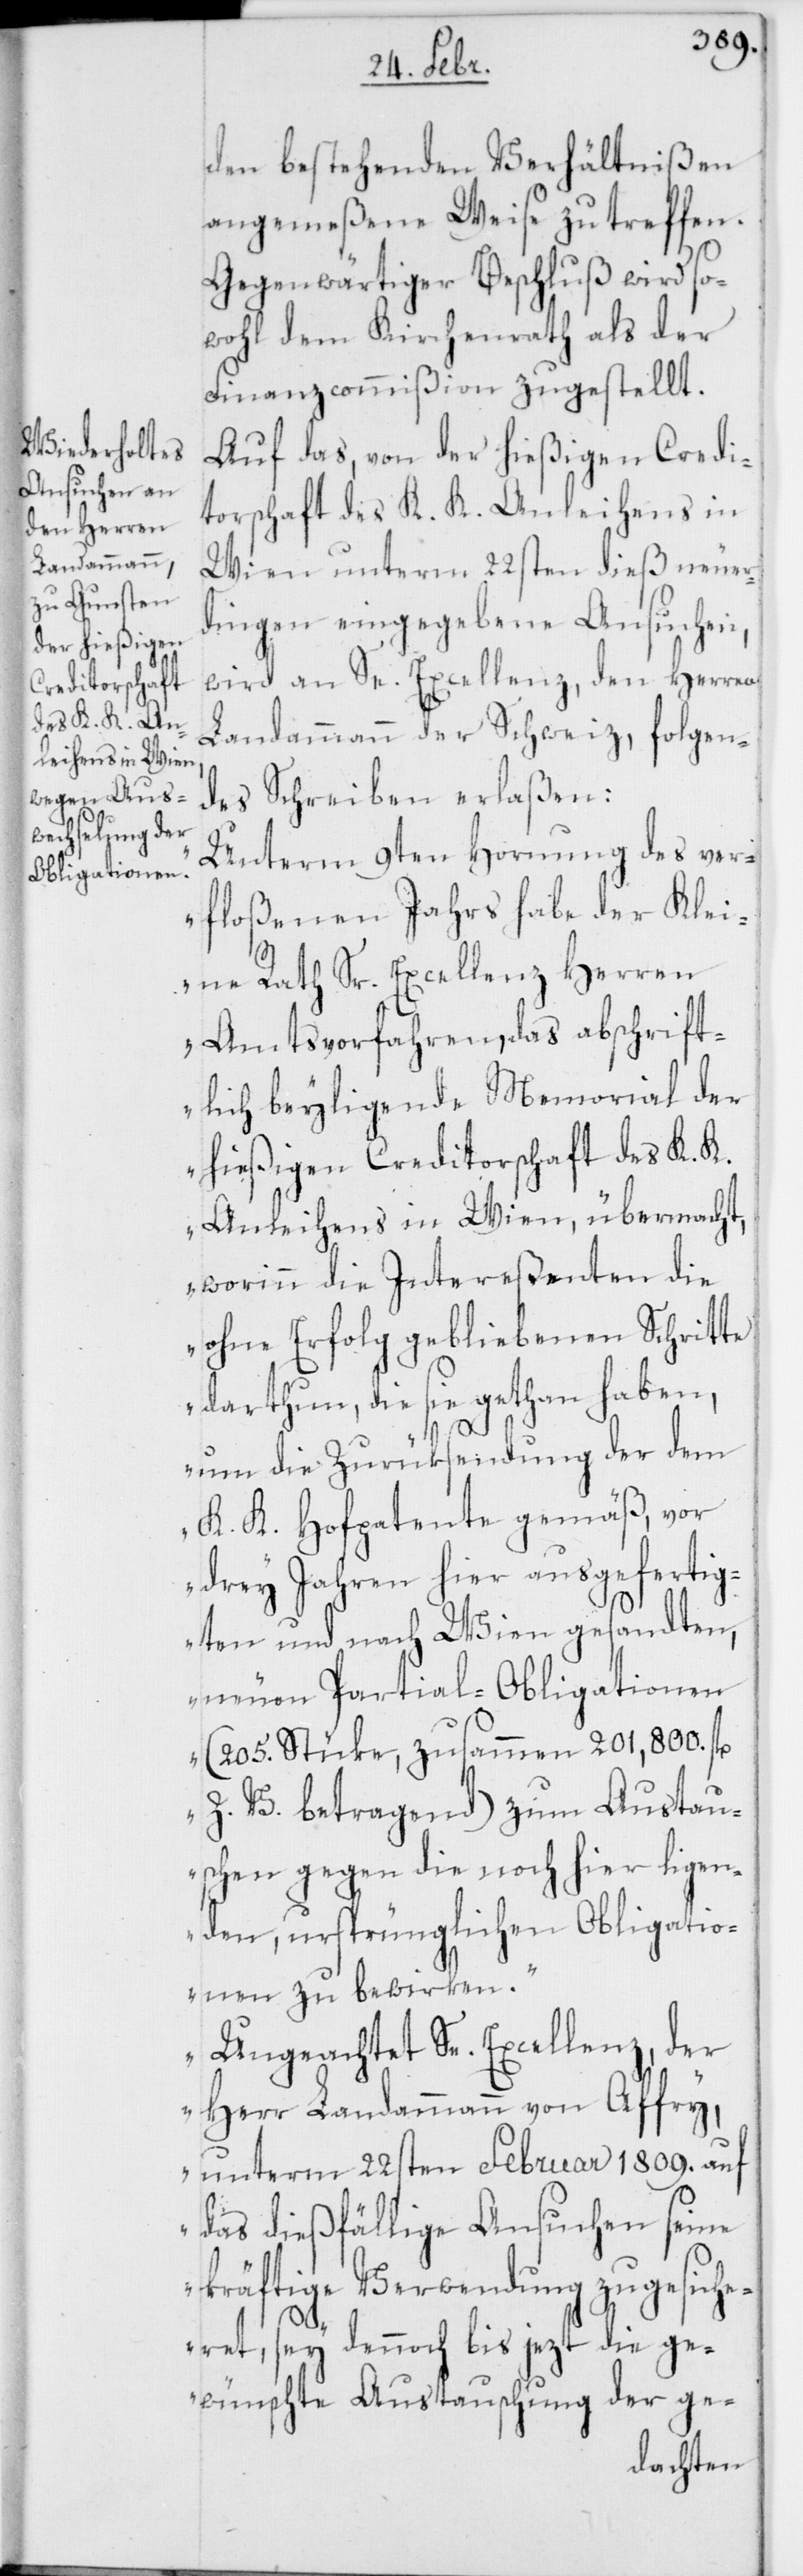
den bestehenden Verhältnißen
angemeßene Weise zu treffen.
Gegenwärtiger Beschluß wird so¬
wohl dem Kirchenrath als der
Finanzcommißion zugestellt.
Auf das, von der hießigen Credi¬
torschaft des K. K. Anleihens in
Wien unterm 22sten dieß neuer¬
dingen eingegebene Ansuchen,
wird an Se. Excellenz den Herren
Landammann der Schweiz, folgen¬
des Schreiben erlaßen:
„Unterm 9ten Hornung des ver¬
floßenen Jahrs habe der Klei¬
ne Rath Sr. Excellenz Herren
Amtsvorfahren, das abschrift¬
lich beyliegende Memorial der
hießigen Creditorschaft desK. K.
Anleihens in Wien übermacht,
worinn die Intereßenten die
ohne Erfolg gebliebenen Schritte
darthun, die sie gethan haben,
um die Zurücksendung der dem
K. K. Hofpatente gemäß, vor
drey Jahren hier ausgefertig¬
ten und nach Wien gesandten,
neuen Partial-Obligationen
(205. Stüke, zusammen 201,800 fl.
Z.V. betragend) zum Austau¬
schen gegen die noch hier ligen¬
den, ursprünglichen Obligatio¬
nen zu bewirken.
Ungeachtet Se. Excellenz, der
Herr Landammann von Affry,
unterm 22sten Februar 1809. auf
das dießfällige Ansuchen seine
kräftige Verwendung zugesiche¬
ret, sey dennoch bis jezt die ge¬
wünschte Austauschung der ge-